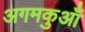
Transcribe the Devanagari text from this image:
अगमकुआँ